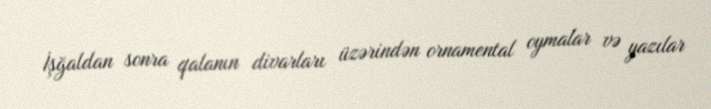
İşğaldan sonra qalanın divarları üzərindən ornamental oymalar və yazılar